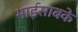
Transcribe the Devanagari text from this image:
भाईसाबके